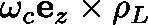
\omega _ { c } \mathbf { e } _ { z } \times \mathbf { \rho } _ { L }